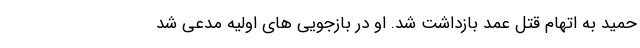
حمید به اتهام قتل عمد بازداشت شد. او در بازجویی های اولیه مدعی شد